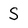
Character: S